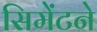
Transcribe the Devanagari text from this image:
सिमेंटने